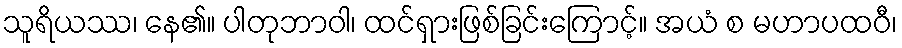
သူရိယဿ၊ နေ၏။ ပါတုဘာဝါ၊ ထင်ရှားဖြစ်ခြင်းကြောင့်။ အယံ စ မဟာပထဝီ၊